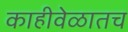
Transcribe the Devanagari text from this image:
काहीवेळातच